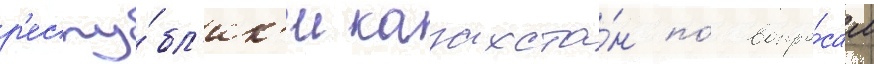
р'еспу́бл'ик'и казахста́н по́ вопро́сам